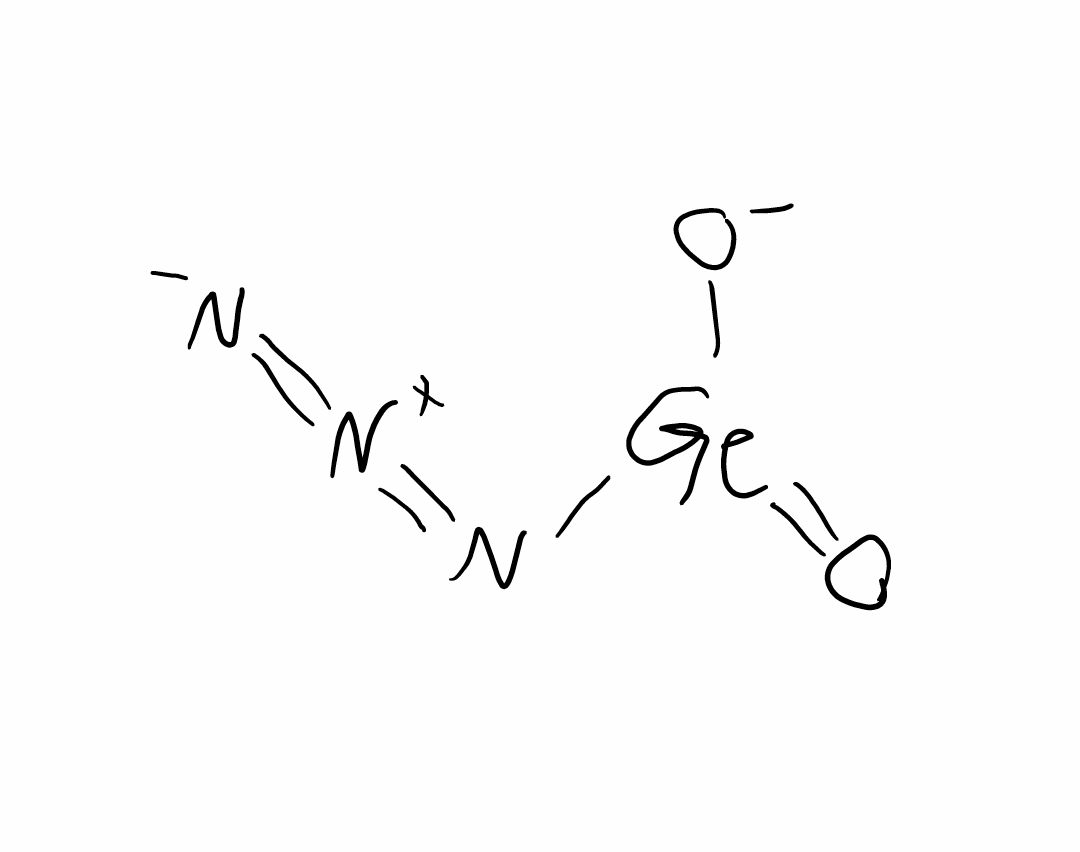
Simplified molecular-input line-entry system (SMILES) notation of the given molecule:
[N-]=[N+]=N[Ge](=O)[O-]